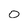
Character: 0